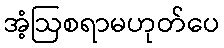
အံ့ဩစရာမဟုတ်ပေ